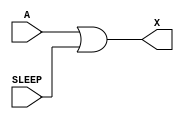
/*
 * Copyright 2020 The SkyWater PDK Authors
 *
 * Licensed under the Apache License, Version 2.0 (the "License");
 * you may not use this file except in compliance with the License.
 * You may obtain a copy of the License at
 *
 *     https://www.apache.org/licenses/LICENSE-2.0
 *
 * Unless required by applicable law or agreed to in writing, software
 * distributed under the License is distributed on an "AS IS" BASIS,
 * WITHOUT WARRANTIES OR CONDITIONS OF ANY KIND, either express or implied.
 * See the License for the specific language governing permissions and
 * limitations under the License.
 *
 * SPDX-License-Identifier: Apache-2.0
*/


`ifndef SKY130_FD_SC_HD__LPFLOW_INPUTISO1P_BEHAVIORAL_V
`define SKY130_FD_SC_HD__LPFLOW_INPUTISO1P_BEHAVIORAL_V

/**
 * lpflow_inputiso1p: Input isolation, noninverted sleep.
 *
 *                    X = (A & !SLEEP)
 *
 * Verilog simulation functional model.
 */

`timescale 1ns / 1ps
`default_nettype none

`celldefine
module sky130_fd_sc_hd__lpflow_inputiso1p (
    X    ,
    A    ,
    SLEEP
);

    // Module ports
    output X    ;
    input  A    ;
    input  SLEEP;

    // Module supplies
    supply1 VPWR;
    supply0 VGND;
    supply1 VPB ;
    supply0 VNB ;

    //  Name  Output  Other arguments
    or  or0  (X     , A, SLEEP       );

endmodule
`endcelldefine

`default_nettype wire
`endif  // SKY130_FD_SC_HD__LPFLOW_INPUTISO1P_BEHAVIORAL_V